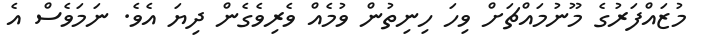
މުޒައްފަރުގެ މޫނުމައްޗަށް ވިހަ ހިނިތުން ވުމެއް ވެރިވެގެން ދިޔަ އެވެ. ނަމަވެސް އެ